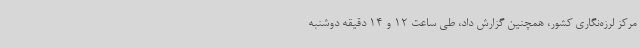
مرکز لرزه‌نگاری کشور، همچنین گزارش داد، طی ساعت 12 و 14 دقیقه دوشنبه